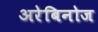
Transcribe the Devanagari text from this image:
अरेबिनोज